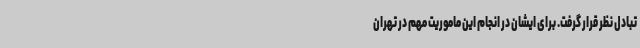
تبادل نظر قرار گرفت. برای ایشان در انجام این ماموریت مهم در تهران